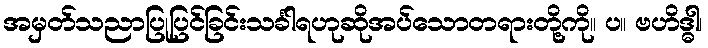
အမှတ်သညာပြုပြင်ခြင်းသင်္ခါရဟုဆိုအပ်သောတရားတို့ကို။ ပ။ ဗဟိဒ္ဓါ၊